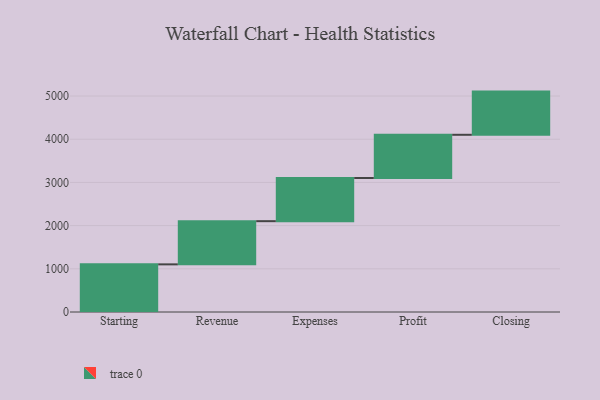
{"axis": {"x": "Step", "y": "Value"}, "legend": [""], "data": [{"x": "Starting", "y": 1103.0, "type": ""}, {"x": "Revenue", "y": 1000, "type": ""}, {"x": "Expenses", "y": 1000, "type": ""}, {"x": "Profit", "y": 1000, "type": ""}, {"x": "Closing", "y": 1000, "type": ""}]}